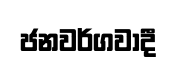
ජනවර්ගවාදී